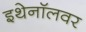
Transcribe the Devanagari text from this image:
इथेनॉलवर